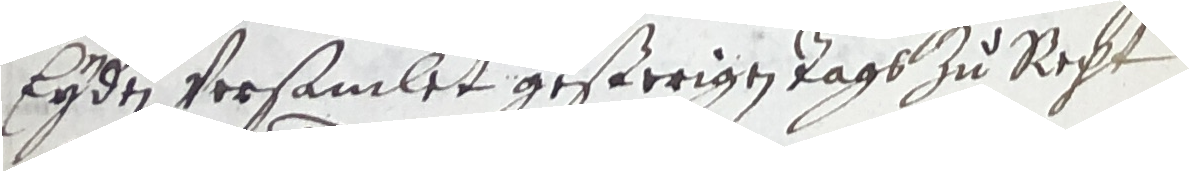
Eyden versamlet gesterigen tags zu recht